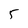
Character: 5